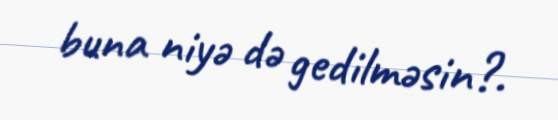
buna niyə də gedilməsin?.